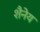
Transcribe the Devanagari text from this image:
शैनेय